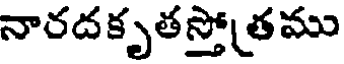
నారదకృతస్తోతము